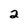
Character: 2